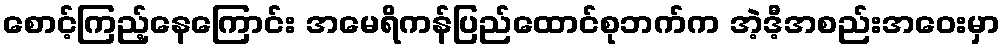
စောင့်ကြည့်နေကြောင်း အမေရိကန်ပြည်ထောင်စုဘက်က အဲ့ဒီ့အစည်းအဝေးမှာ